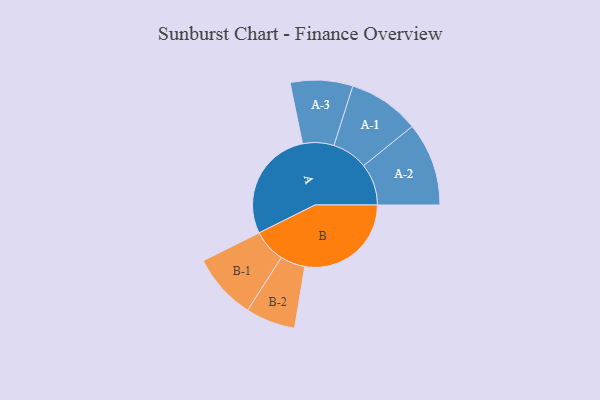
{"axis": {"x": "Segment", "y": "Value"}, "legend": ["", "A", "B"], "data": [{"x": "A", "y": 493, "type": ""}, {"x": "B", "y": 467, "type": ""}, {"x": "A-1", "y": 157, "type": "A"}, {"x": "A-2", "y": 183, "type": "A"}, {"x": "A-3", "y": 137, "type": "A"}, {"x": "B-1", "y": 145, "type": "B"}, {"x": "B-2", "y": 109, "type": "B"}]}